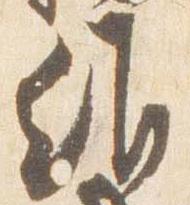
維